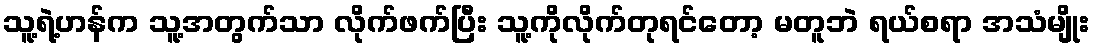
သူ့ရဲ့ဟန်က သူ့အတွက်သာ လိုက်ဖက်ပြီး သူ့ကိုလိုက်တုရင်တော့ မတူဘဲ ရယ်စရာ အသံမျိုး